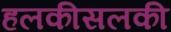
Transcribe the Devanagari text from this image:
हलकीसलकी